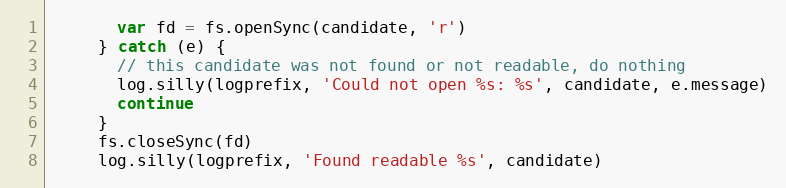
Language: JavaScript
       var fd = fs.openSync(candidate, 'r')
     } catch (e) {
       // this candidate was not found or not readable, do nothing
       log.silly(logprefix, 'Could not open %s: %s', candidate, e.message)
       continue
     }
     fs.closeSync(fd)
     log.silly(logprefix, 'Found readable %s', candidate)